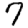
Digit: 7